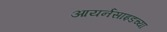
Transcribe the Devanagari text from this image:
आयर्नसाइडच्या